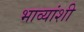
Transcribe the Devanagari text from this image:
भाव्यांशी